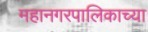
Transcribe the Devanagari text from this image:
महानगरपालिकाच्या